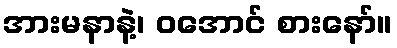
အားမနာနဲ့၊ ဝအောင် စားနော်။